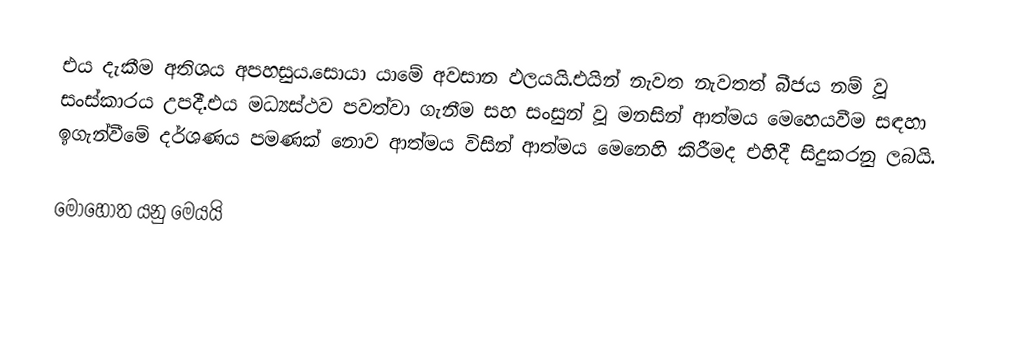
එය දැකීම අතිශය අපහසුය.සොයා යාමේ අවසාන ඵලයයි.එයින් නැවත නැවතත් බීජය නම් වූ සංස්කාරය උපදී.එය මධ්‍යස්ථව පවත්වා ගැනීම සහ සංසුන් වූ මනසින් ආත්මය මෙහෙයවීම සඳහා ඉගැන්වීමේ දර්ශණය පමණක් නොව ආත්මය විසින් ආත්මය මෙනෙහි කිරීමද එහිදී සිදුකරනු ලබයි.

මොහොත යනු මෙයයි